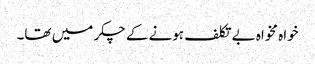
خواہ مخواہ بے تکلف ہونے کے چکر میں تھا۔